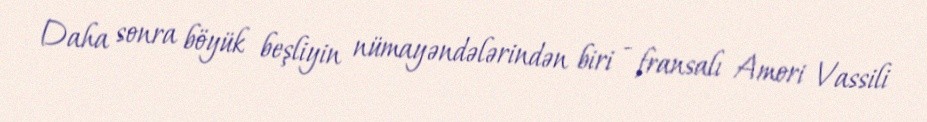
Daha sonra böyük beşliyin nümayəndələrindən biri - fransalı Amori Vassili